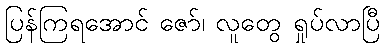
ပြန်ကြရအောင် ဇော်၊ လူတွေ ရှုပ်လာပြီ